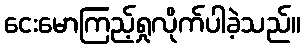
ငေးမောကြည့်ရှုလိုက်ပါခဲ့သည်။